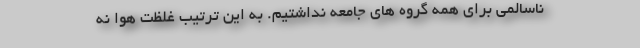
ناسالمی برای همه گروه های جامعه نداشتیم. به این ترتیب غلظت هوا نه